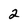
Character: 2